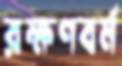
রক্ষণবর্ম